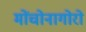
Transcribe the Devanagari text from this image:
मोंचोनागोरो